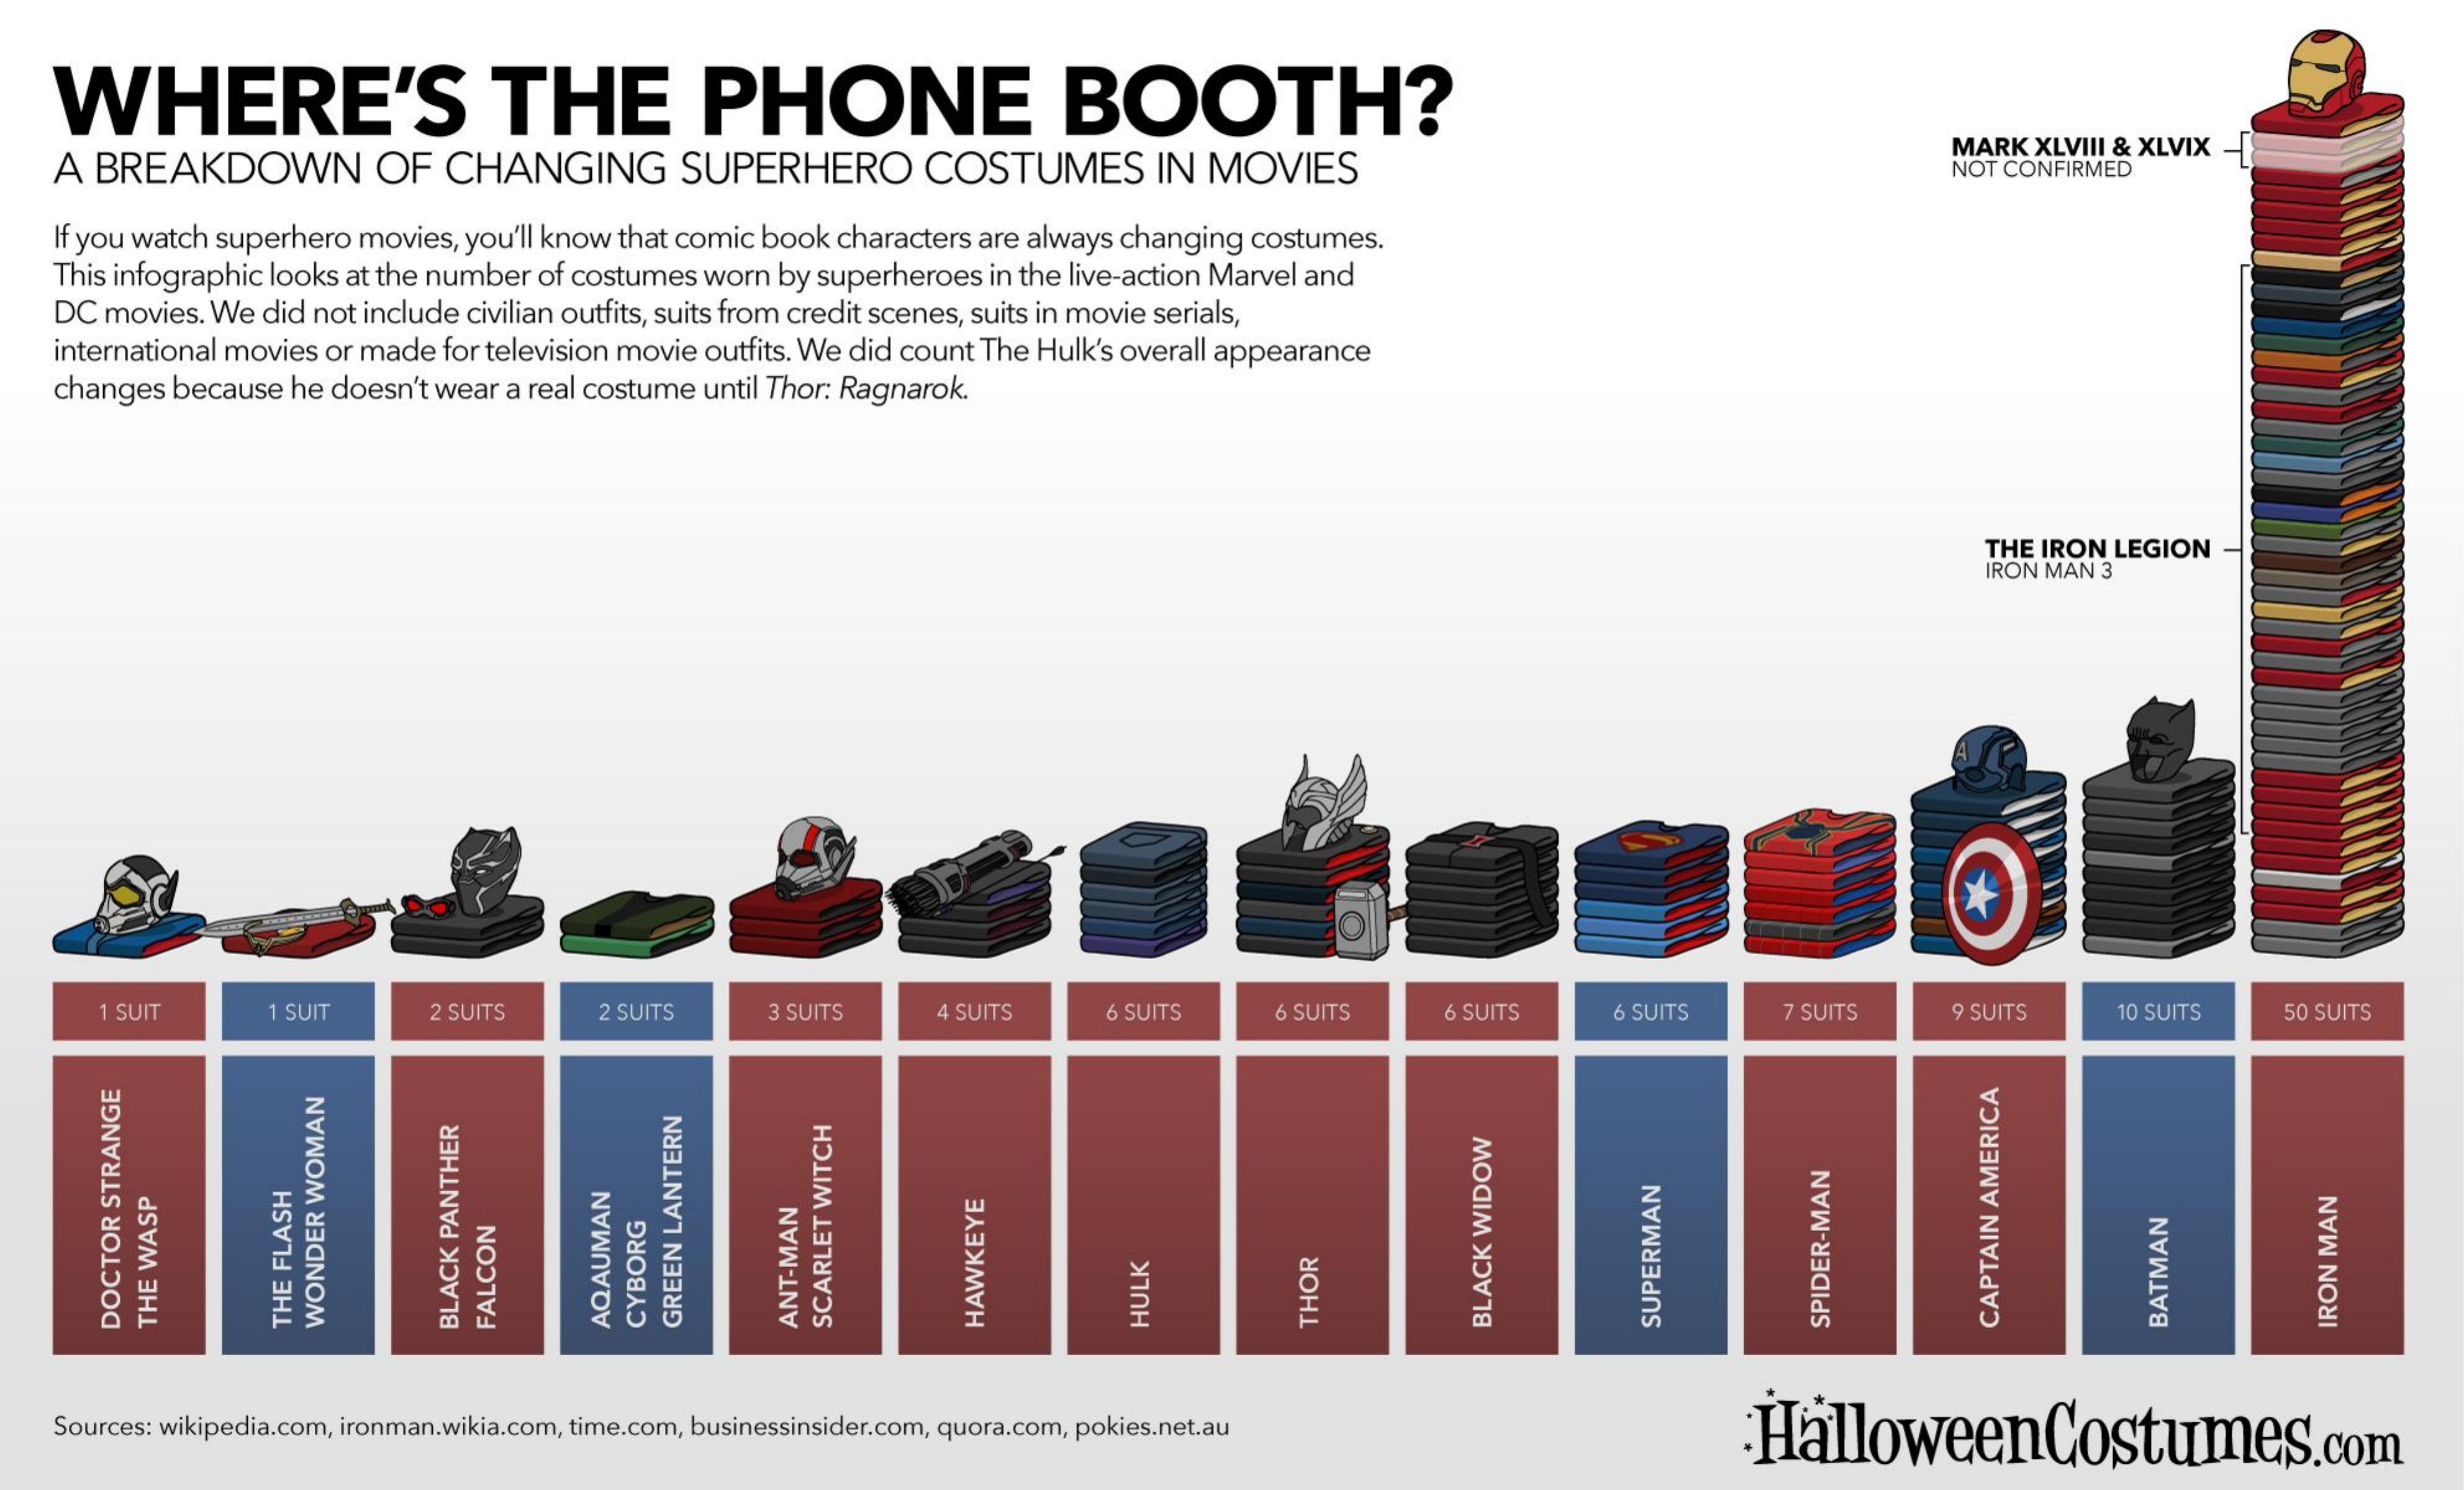
WHERE'S    THE    PHONE    BOOTH?
   A BREAKDOWN    OF CHANGING    SUPERHERO   COSTUMES   IN MOVIES
     MARK XLVIII & XLVIX -
     NOT CONFIRMED
   If you watch superhero movies, you'll know that comic book characters are always changing costumes.
   This infographic looks at the number of costumes worn by superheroes in the live-action Marvel and
   DC movies. We did not include civilian outfits, suits from credit scenes, suits in movie serials,
   international movies or made for television movie outfits. We did count The Hulk's overall appearance
   changes because he doesn't wear a real costume until Thor: Ragnarok.
     THE IRON LEGION
     IRON MAN 3
     1 SUIT  1 SUIT  2 SUITS 2 SUITS 3 SUITS  4 SUITS 6 SUITS 6 SUITS 6 SUITS 6 SUITS 7 SUITS 9 SUITS 10 SUITS 50 SUITS
     AQAUMAN CYBORG GREEN
     LANTERN
     BLACK
     WIDOW
     SPIDER-MAN CAPTAIN
     AMERICA
     SCARLET
     WITCH
     HAWKEYE    THOR
     SUPERMAN    BATMAN  IRON
     MAN
     DOCTOR
     STRANGE
     THE
     WASP
     THE
     FLASH WONDER
     WOMAN
     ANT-MAN    HULK BLACK
     PANTHER
     FALCON
   Sources: wikipedia.com, ironman.wikia.com, time.com, businessinsider.com, quora.com, pokies.net.au HalloweenCostumes.com